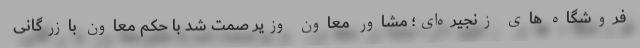
فروشگاه های زنجیره‌ای؛ مشاور معاون وزیر صمت شد با حکم معاون بازرگانی